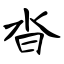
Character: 沓